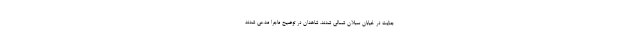
جنایت در خیابان سبلان شمالی شدند. شاهدان در توضیح ماجرا مدعی شدند